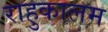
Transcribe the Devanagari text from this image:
राहुकालम